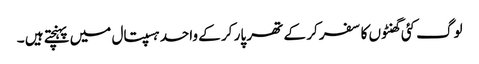
لوگ کئی گھنٹوں کا سفر کر کے تھر پار کر کے واحد ہسپتال میں پہنچتے ہیں ۔